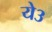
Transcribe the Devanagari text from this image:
ये३